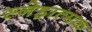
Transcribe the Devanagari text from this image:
स्नेहात्मक